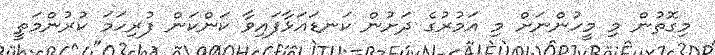
މިގޮތުން މި މީހުންނަށް މި އަމުރުގެ ދަށުން ކަނޑައަޅާފައިވާ ކަންކަން ފުރިހަމަ ކުރުންމަތީ